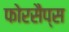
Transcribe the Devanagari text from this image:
फोरसैप्स